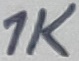
Text: 1K